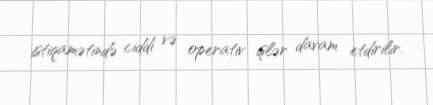
istiqamətində ciddi və operativ işlər davam etdirilir.